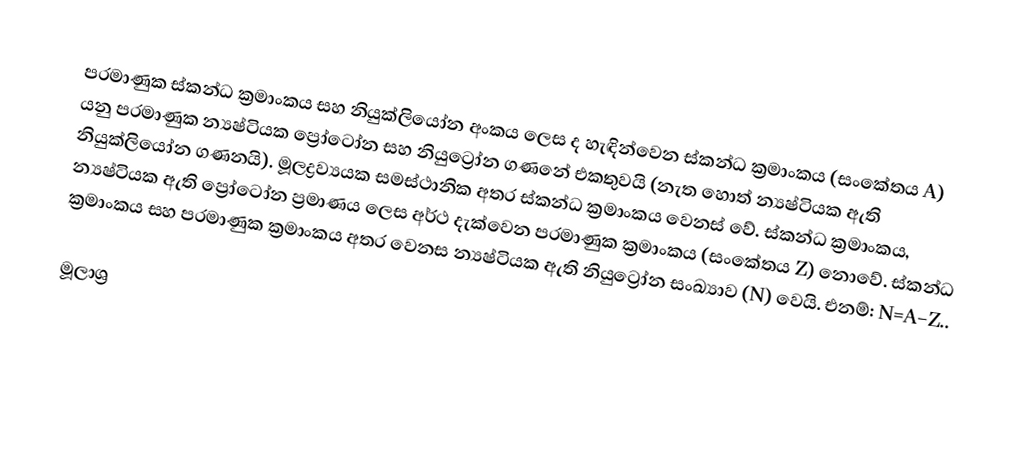
පරමාණුක ස්කන්ධ ක්‍රමාංකය සහ නියුක්‍ලියෝන අංකය ලෙස ද හැඳින්වෙන ස්කන්ධ ක්‍රමාංකය (සංකේතය A) යනු පරමාණුක න්‍යෂ්ටියක ප්‍රෝටෝන සහ නියුට්‍රෝන ගණනේ එකතුවයි (නැත හොත් න්‍යෂ්ටියක ඇති නියුක්ලියෝන ගණනයි). මූලද්‍රව්‍යයක සමස්ථානික අතර ස්කන්ධ ක්‍රමාංකය වෙනස් වේ. ස්කන්ධ ක්‍රමාංකය, න්‍යෂ්ටියක ඇති ප්‍රෝටෝන ප්‍රමාණය ලෙස අර්ථ දැක්වෙන පරමාණුක ක්‍රමාංකය (සංකේතය Z) නොවේ. ස්කන්ධ ක්‍රමාංකය සහ පරමාණුක ක්‍රමාංකය අතර වෙනස න්‍යෂ්ටියක ඇති නියුට්‍රෝන සංඛ්‍යාව (N) වෙයි. එනම්: N=A−Z..

මූලාශ්‍ර